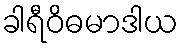
ခါရီဝိဓမာဒါယ